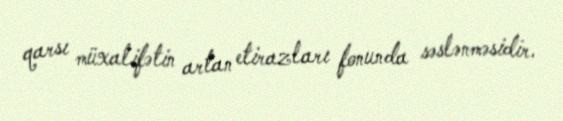
qarsı müxalifətin artan etirazları fonunda səslənməsidir.